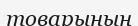
товарының